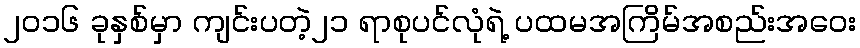
၂၀၁၆ ခုနှစ်မှာ ကျင်းပတဲ့၂၁ ရာစုပင်လုံရဲ့ ပထမအကြိမ်အစည်းအဝေး